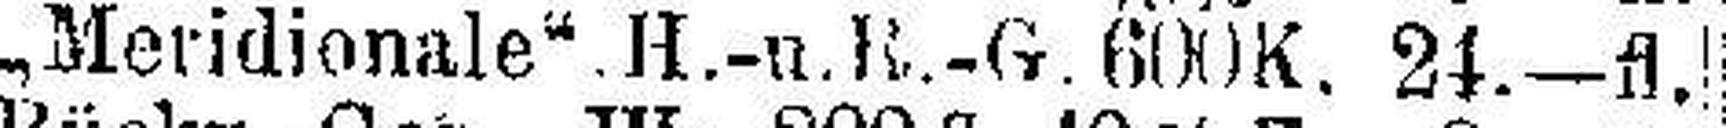
„Meridionale“.H.-u.R.-G. 600K. 24.—fl.